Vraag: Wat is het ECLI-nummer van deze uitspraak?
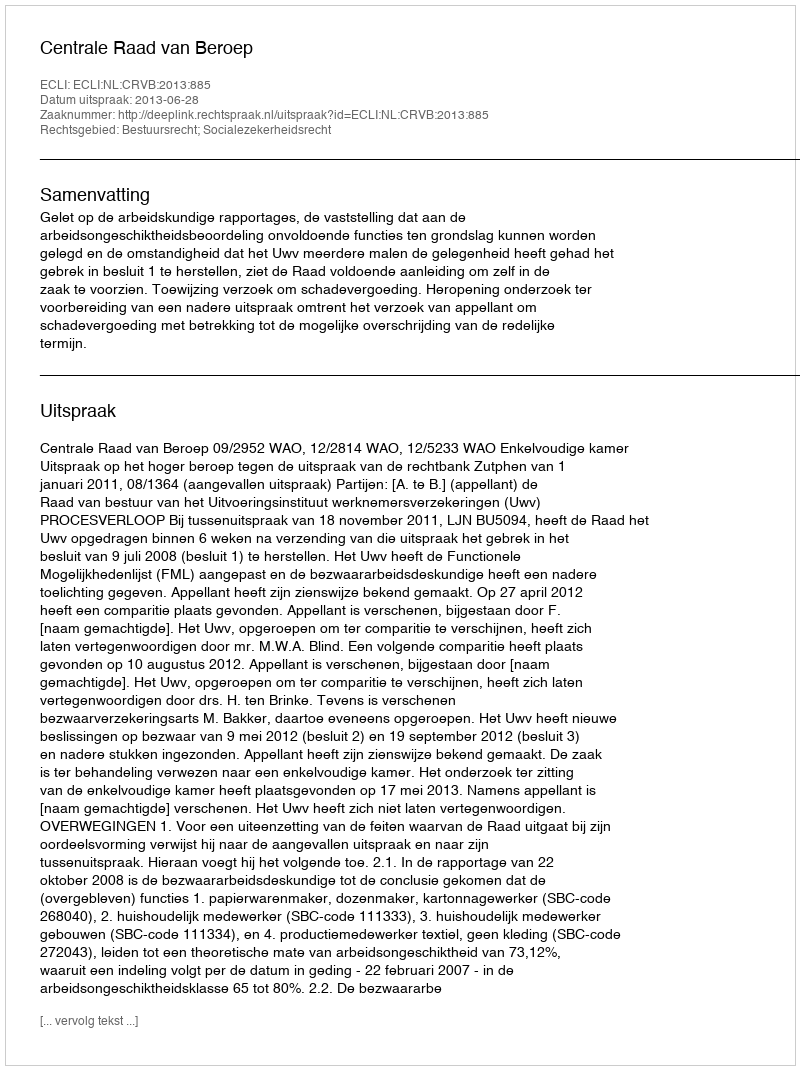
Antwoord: ECLI:NL:CRVB:2013:885